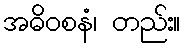
အဓိဝစနံ၊ တည်း။